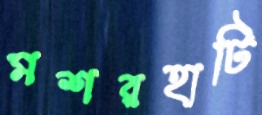
মশরহাটি